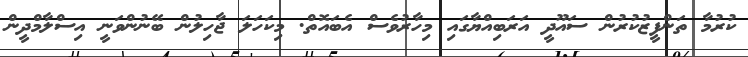
ކުރުމާ ތަންފީޒުކުރުން ސައޫދީ އަރަބިއްޔާގައި މިހާރުވެސް އެބައޮތް. މިކަހަލަ ޖާހިލުން ބޭނުންވަނީ އިސްލާމްދީން